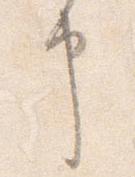
申